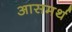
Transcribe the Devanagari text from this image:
आसमर्थ